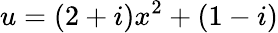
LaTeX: u=(2+i)x^{2}+(1-i)